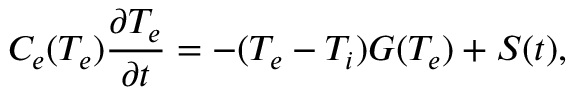
C _ { e } ( T _ { e } ) \frac { \partial T _ { e } } { \partial t } = - ( T _ { e } - T _ { i } ) G ( T _ { e } ) + S ( t ) ,